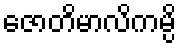
ဇောတိမာလိကမ္ပိ